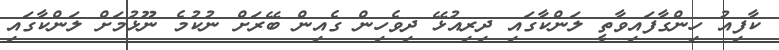
ކާފިއު ހިންގާފައިވާތީ ލަންކާގައި ދިރިއުޅޭ ދިވެހިން ގެއިން ބޭރަށް ނުކުމެ ނޫޅުމަށް ލަންކާގައި